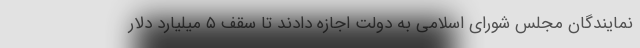
نمایندگان مجلس شورای اسلامی به دولت اجازه دادند تا سقف ۵ میلیارد دلار